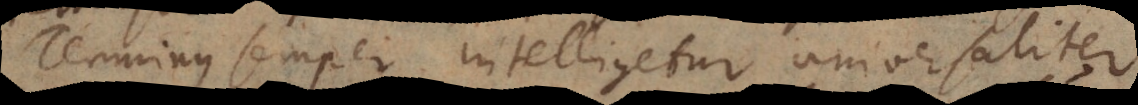
Terminus semper intelligetur universaliter,